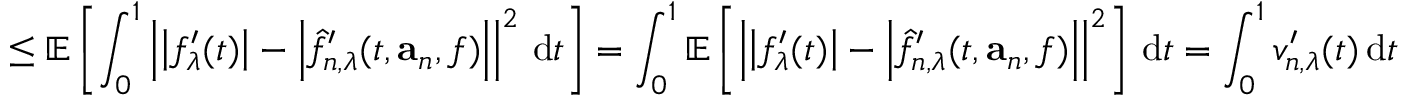
\leq \mathbb { E } \left[ \int _ { 0 } ^ { 1 } \left| \left| f _ { \lambda } ^ { \prime } ( t ) \right| - \left| \hat { f } _ { n , \lambda } ^ { \prime } ( t , \mathbf { a } _ { n } , f ) \right| \right| ^ { 2 } \, \mathrm { d } t \right] = \int _ { 0 } ^ { 1 } \mathbb { E } \left[ \left| \left| f _ { \lambda } ^ { \prime } ( t ) \right| - \left| \hat { f } _ { n , \lambda } ^ { \prime } ( t , \mathbf { a } _ { n } , f ) \right| \right| ^ { 2 } \right] \, \mathrm { d } t = \int _ { 0 } ^ { 1 } { v _ { n , \lambda } ^ { \prime } ( t ) } \, \mathrm { d } t